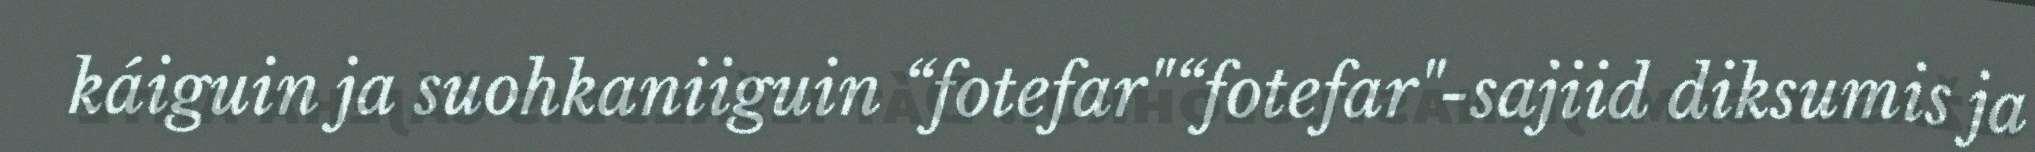
káiguin ja suohkaniiguin “fotefar"“fotefar"-sajiid diksumis ja